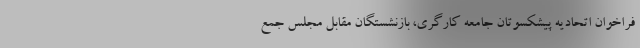
فراخوان اتحادیه پیشکسوتان جامعه کارگری، بازنشستگان مقابل مجلس جمع